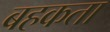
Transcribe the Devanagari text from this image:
बहकता